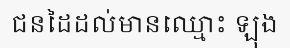
ជនដៃដល់មានឈ្មោះ ឡុង